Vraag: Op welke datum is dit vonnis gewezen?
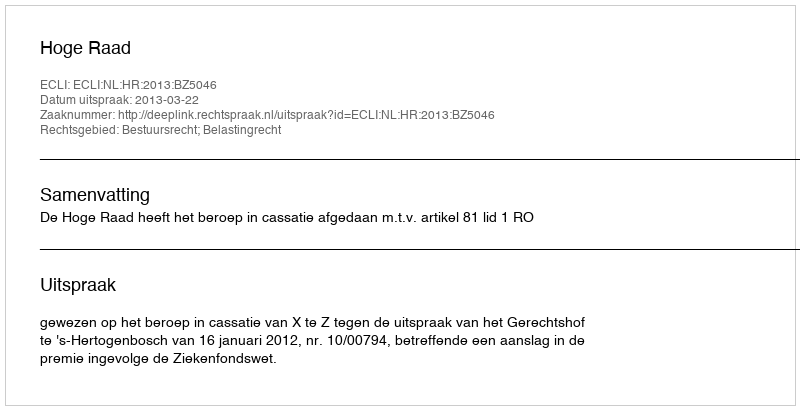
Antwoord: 2013-03-22